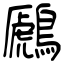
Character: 鷉